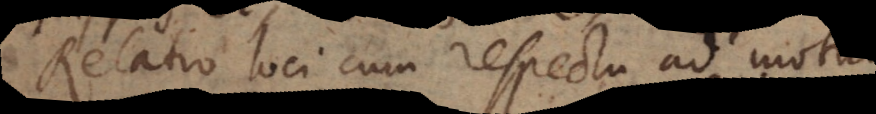
Relatio loci cum respectu ad motum